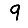
Digit: 9